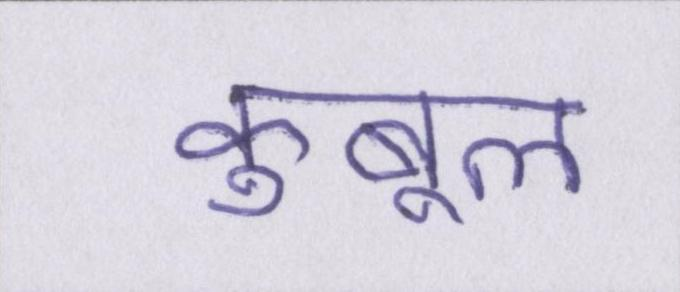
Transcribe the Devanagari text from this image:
कुबूल